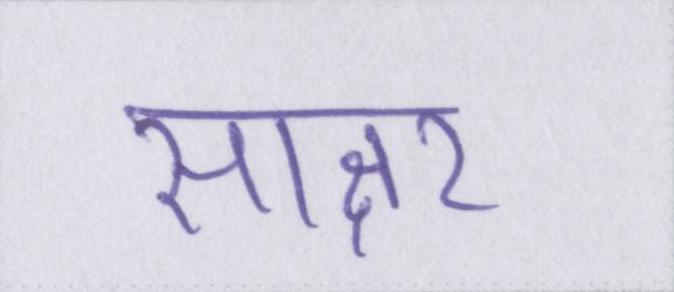
साक्षर